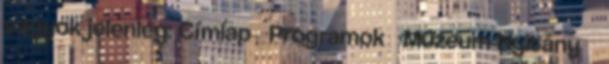
vagyok jelenleg: Címlap Programok Múzeum Nyitány